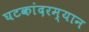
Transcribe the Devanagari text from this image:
घटकांदरम्यान